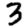
Digit: 3